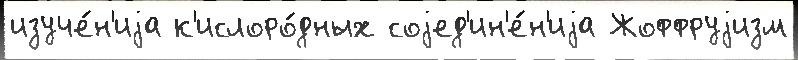
изуче́н'иjа к'ислоро́дных соjед'ин'е́н'иjа Жоффруjизм